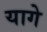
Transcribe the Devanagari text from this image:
यागे